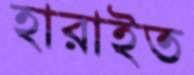
হারাইত